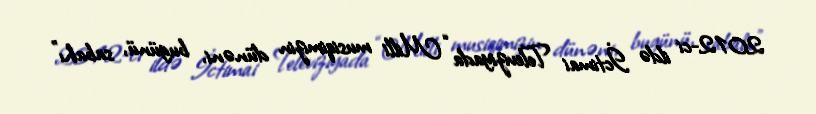
2012-ci ildə İctimai Televiziyada “Milli musiqimizin dünəni, bugünü, sabahı”